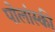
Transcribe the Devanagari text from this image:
पोलांस्की